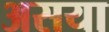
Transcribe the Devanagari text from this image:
असया